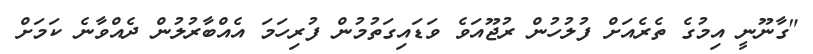
"ގާނޫނީ އިމުގެ ތެރެއަށް ފުލުހުން ރުޖޫއަވެ ވަޑައިގަތުމުން ފުރިހަމަ އެއްބާރުލުން ދެއްވާނެ ކަމަށް